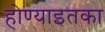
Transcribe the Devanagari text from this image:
होण्याइतका